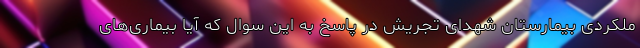
ملکردی بیمارستان شهدای تجریش در پاسخ به این سوال که آیا بیماری‌های